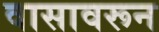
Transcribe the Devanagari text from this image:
वासावरून